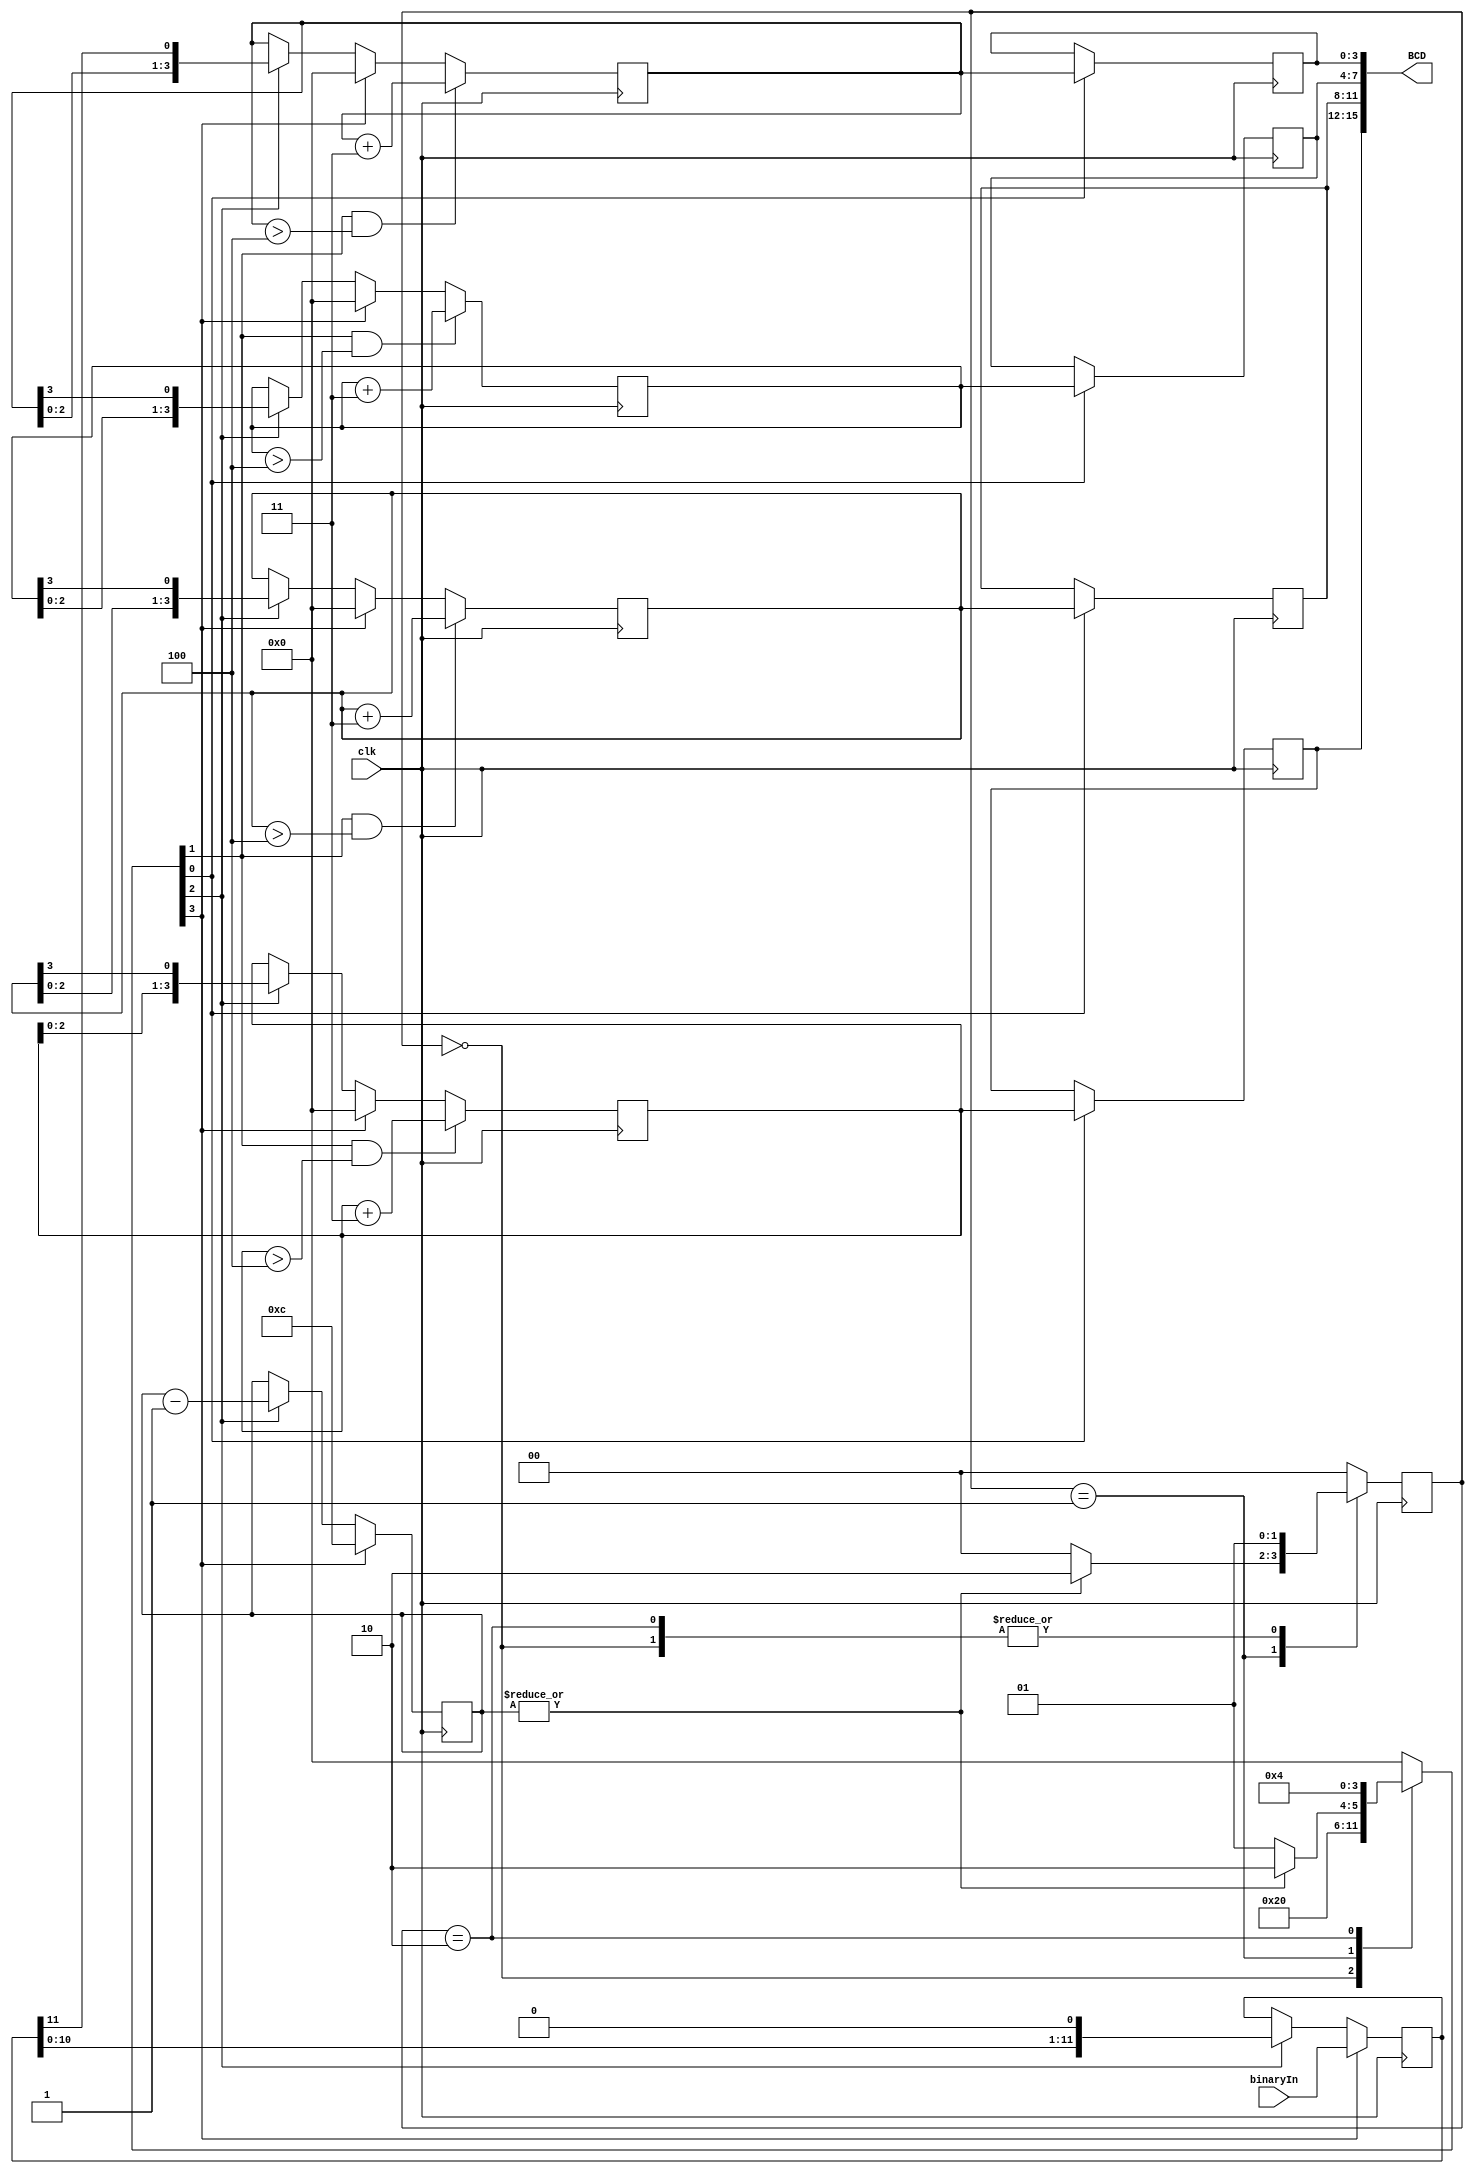
`timescale 1ns / 1ps
//////////////////////////////////////////////////////////////////////////////////
// Company: 
// Engineer: 
// 
// Design Name: 
// Module Name: b2bcd
// Project Name: 
// Target Devices: 
// Tool Versions: 
// Description: 
// 
// Dependencies: 
// 
// Revision:
// Revision 0.01 - File Created
// Additional Comments:
// 
//////////////////////////////////////////////////////////////////////////////////

module b2bcd
    (
        input       clk,
        input       [11:0] binaryIn,
        output      [15:0] BCD    
    );

    /* 
        C3 - Initialization
        C2 - Shift left
        C1 - Add 3 correction
        C0 - Load BCD
     */
    wire C3, C2, C1, C0;

    /* 
        Counter block.
            When C3 is asserted, the system is initialized 
            and down-counter from 12. 
            Z asserted when counter reaches zero. 
     */
    reg [3:0] counter = 12;
    assign z = ~(|counter);
    always @(posedge clk ) begin
        if (C3)
            counter <= 4'b1100;
        else if (C2)
            counter <= counter - 1'b1; 
    end

    /* 
        Register block.
            When C3 is asserted, reg R holds binary input value
            When C2 is asserted, reg R is shifted left
     */
    reg [11:0] R = {12{1'b0}};
    always @(posedge clk ) begin
        if (C3)
            R <= binaryIn;
        else if (C2)
            R <= R << 1;
    end

    /* 
        Manipulation and logic block
            Flow:
                When C3 asserted, reset all D values to 0
                When C2 asserted, SISHL (serial input shift left)
                    meaning, LSB of Dx is assigned the MSB from the binary shift 
                When C1 asserted & Dx is greater than 4, add 3 to Dx
                When C0 asserted, set BCDx = Dx
     */
    reg [3:0] D0, D1, D2, D3;
    reg [3:0] BCD0, BCD1, BCD2, BCD3;
    assign BCD = {BCD3, BCD2, BCD1, BCD0};
    always @(posedge clk ) begin
        if (C3) begin                               // Reset
            D0 <= 0;
            D1 <= 0;
            D2 <= 0;
            D3 <= 0; 
        end else if (C2) begin                      // Shift left
            D0 <= {D0[2:0], R[11]};
            D1 <= {D1[2:0], D0[3]};
            D2 <= {D2[2:0], D1[3]};
            D3 <= {D3[2:0], D2[3]};       
        end
        if (C1 && (D0 > 4))     D0 <= D0 + 3;       // BCD correction, add 3
        if (C1 && (D1 > 4))     D1 <= D1 + 3;
        if (C1 && (D2 > 4))     D2 <= D2 + 3;
        if (C1 && (D3 > 4))     D3 <= D3 + 3;
        if (C0) begin                               // Load into Dx into BCDx register
            BCD0 <= D0;
            BCD1 <= D1;
            BCD2 <= D2;
            BCD3 <= D3;
        end 
    end

    /* 
        State machine block
            3 states
            Mealy machine
            C0 - Load BCD
            C1 - Add 3 correction
            C2 - Shift left
            C3 - Initialization
     */
    parameter   S0 = 0,
                S1 = 1,
                S2 = 2;
    reg [1:0] state = S0, next_state;

    reg [3:0] C = 4'b1000;
    assign C3 = C[3];
    assign C2 = C[2];
    assign C1 = C[1];
    assign C0 = C[0]; 

    always @(posedge clk) begin
        state <= next_state;
    end

    always @(*) begin   // compute next state
        case (state)
            S0:         next_state <= S1; 
            S1: if (z)  next_state <= S0; else next_state <= S2;
            S2:         next_state <= S1;
            default:    next_state <= S0;
        endcase
    end
    always @ (*) begin  // compute output
        case (state)
            S0:         C = 4'b1000;          
            S1: if (z)  C = 4'b0001; else C = 4'b0010;
            S2:         C = 4'b0100;
            default:    C = 4'b0000;
        endcase
    end

endmodule